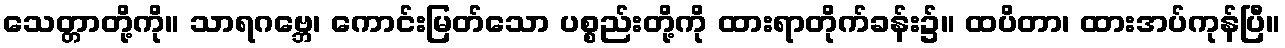
သေတ္တာတို့ကို။ သာရဂဗ္ဘေ၊ ကောင်းမြတ်သော ပစ္စည်းတို့ကို ထားရာတိုက်ခန်း၌။ ထပိတာ၊ ထားအပ်ကုန်ပြီ။